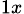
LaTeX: _{1x}